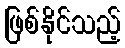
ဖြစ်နိုင်သည့်